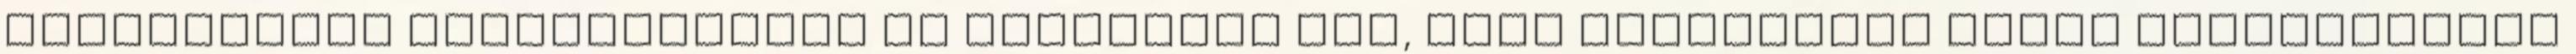
érdeklődjön Helytakarékos és praktikus ágy, mely pillanatok alatt franciaággyá